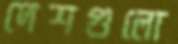
দেশগুলো